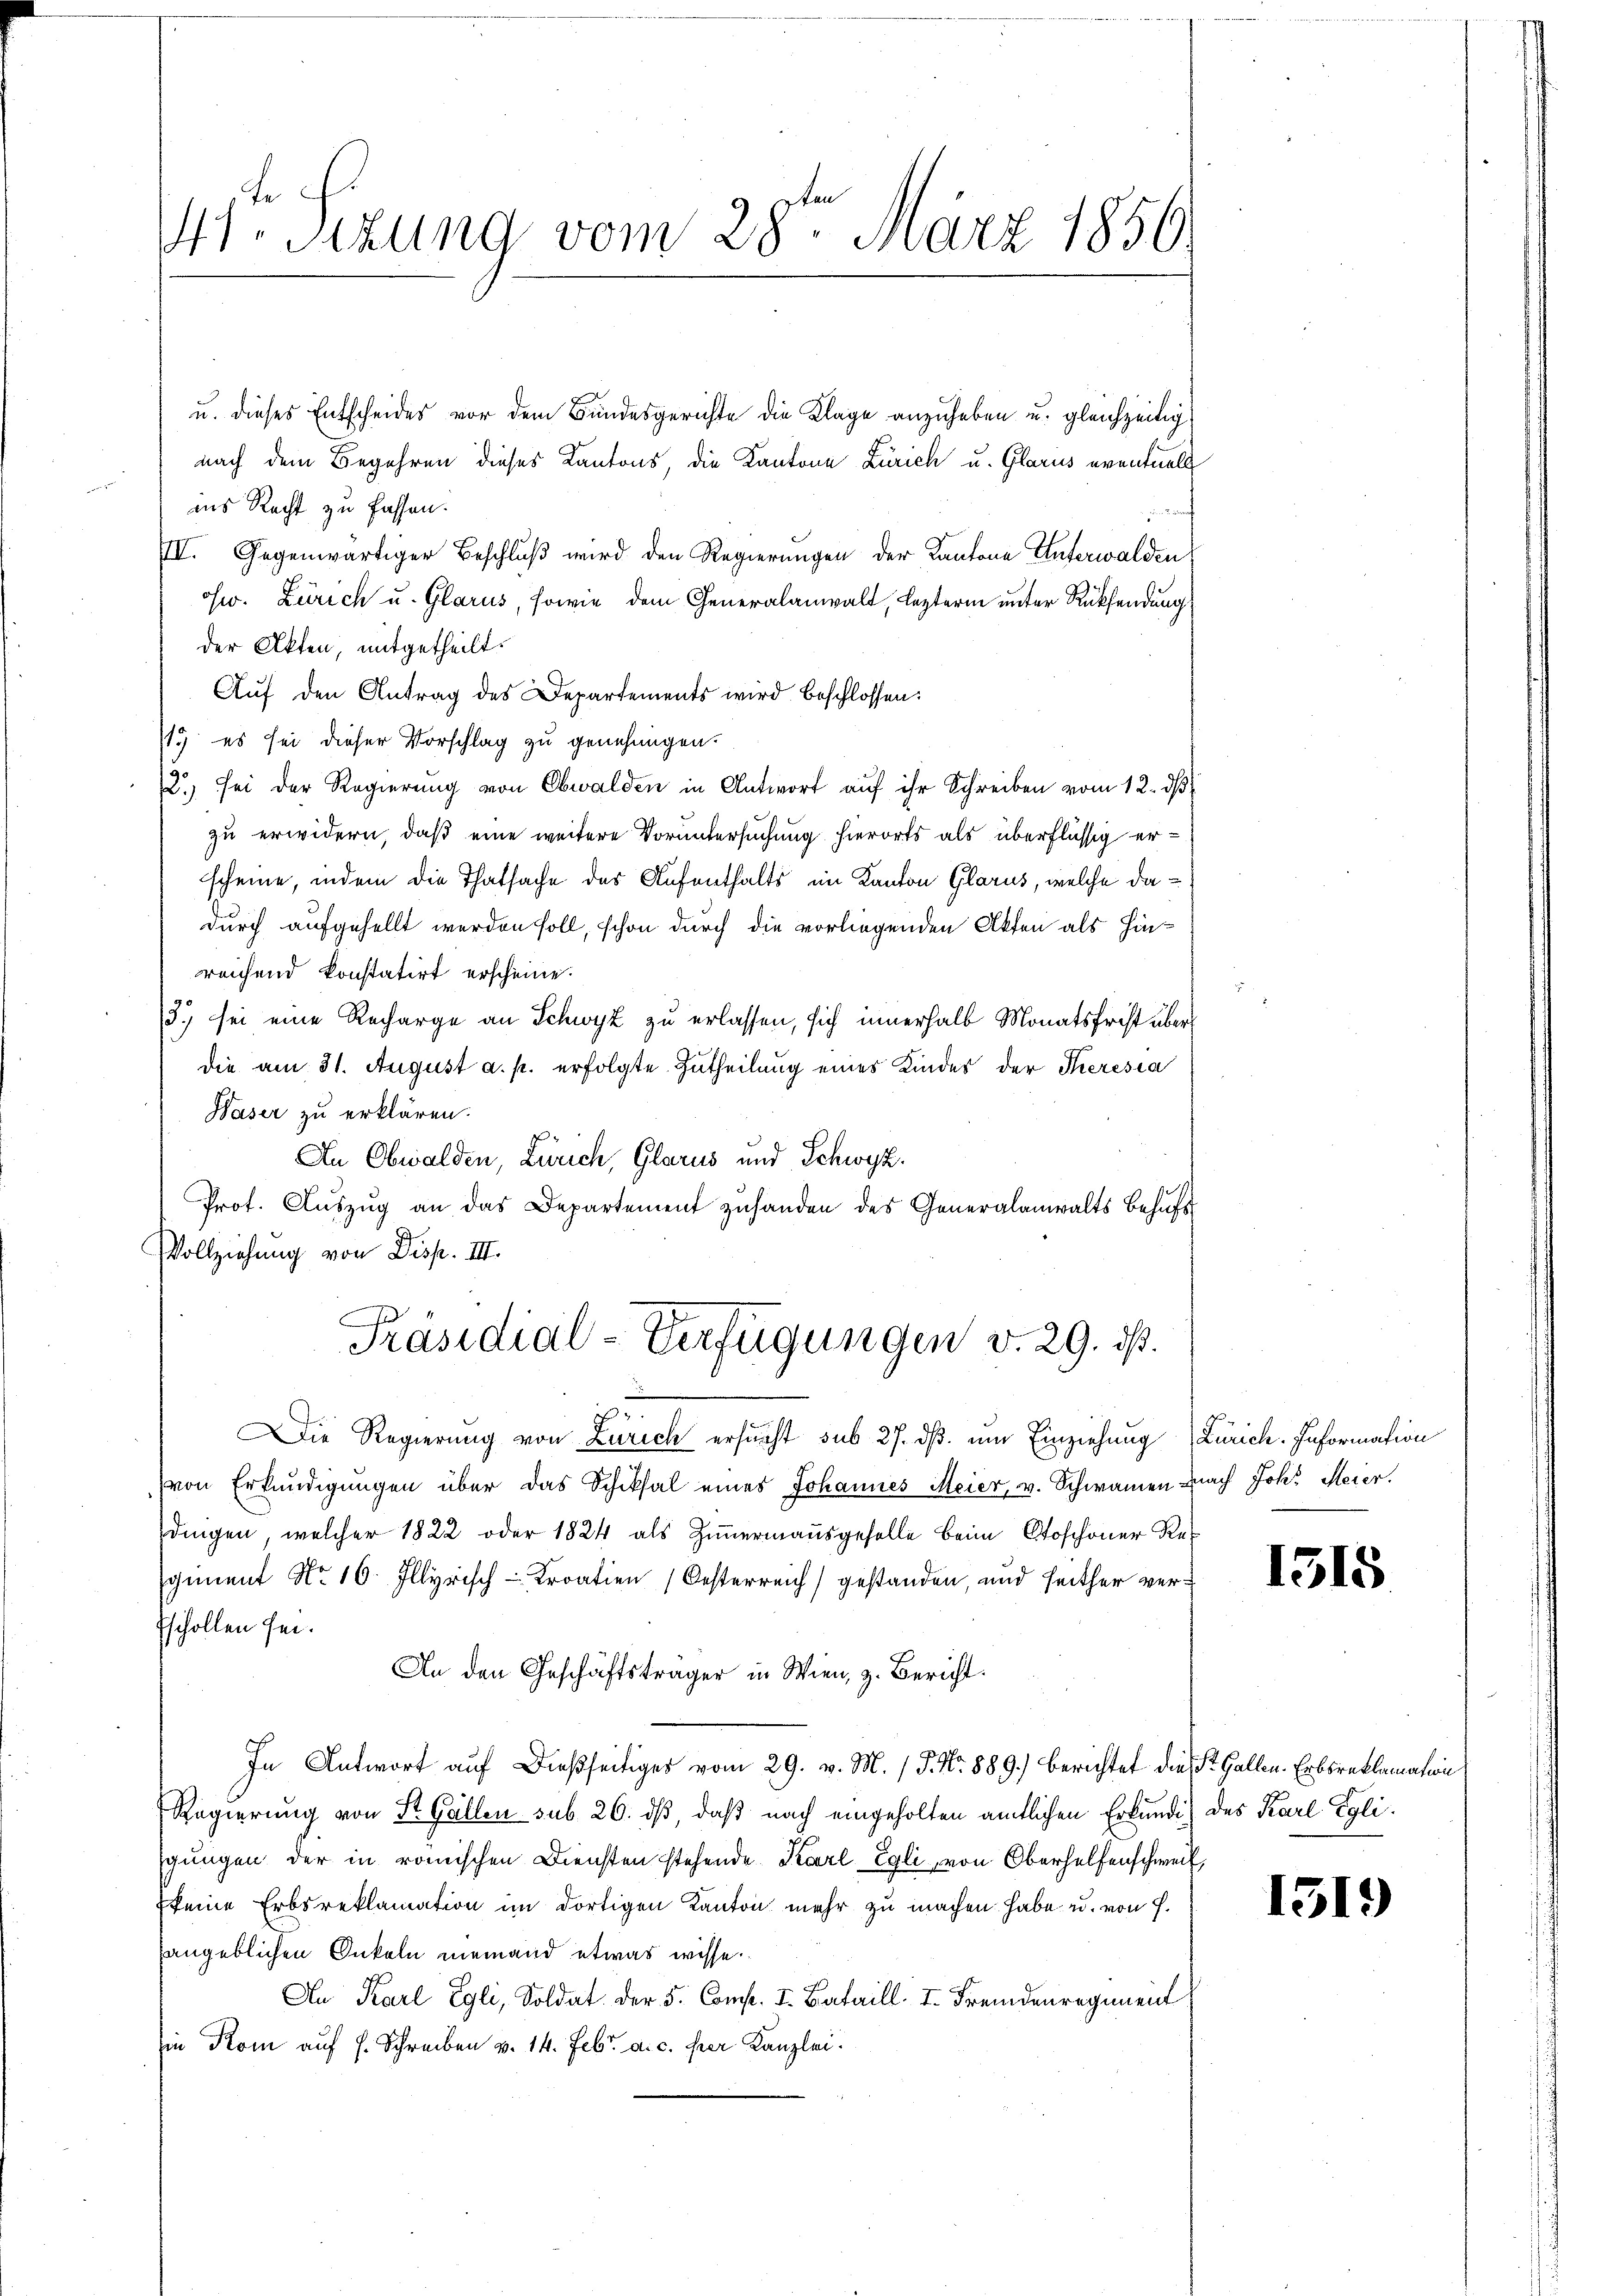
4to Sizung vom 28ten März 1856

u. dieses Entscheides vor dem Bundesgerichte die Klage anzuheben u. gleichzeitig
nach dem Begehren dieses Kantons, die Kantone Zürich u. Glarus eventuell
gegen
ins Recht zu fassen.
III. Gegenwärtiger Beschluß wird den Regierungen der Kantone Unterwalden
sw. Zürich u. Glarus, sowie dem Generalanwalt, lezterm unter Rücksendung
der Akten, mitgetheilt.
Auf den Antrag des Departements wird beschlossen:
19) es sei dieser Vorschlag zu genehmigen.
2.) sei der Regierung von Obwalden in Antwort auf ihr Schreiben vom 12. d
zu erwidern, daß eine weitere Voruntersuchung hierorts als überflüssig erscheine, indem die Thatsache des Aufenthalts im Kanton Glarus, welche dadurch aufgehellt werden soll, schon durch die vorliegenden Akten als Hinreichend konstatirt erscheine.
13.) sei eine Recharge an Schwyz zu erlassen, sich innerhalb Monatsfrist über
die am 31. August a. p. erfolgte Zutheilung eines Kindes der Theresia
Waser zu erklären.
An Obwalden, Zürich, Glarus und Schwyz.
Prot. Aŭszŭg an das Departement zuhanden des Generalanwalts behufs
Vollziehung von Disp. III.
Präsidial-Verfügungen v. 29. ds.
Die Regierung von Zürich ersucht sub 27. ds. um Einziehung (Zürich. Information
von Erkundigungen über das Schiksal eines Johannes Meier, v. Schwamen nach Joh. Meier.
dingen, welcher 1822 oder 1824 als Zimmermaṅsgeselle beim Stoschoner Re
sgiment Nr. 16. Illyrisch Kroatien (Oesterreich gestanden, und seither ver¬
Eschollen sei.
An den Geschäftsträger in Wien, z. Bericht.
In Antwort auf dießseitiges vom 29. v. M. / 5. No. 889.) berichtet die St. Gallen. Erbsreklamation
Regierung von St. Gallen sub 26. dß, daß nach eingeholten amtlichen Erkundis des Karl Egligungen der in römischen Diensten stehende Karl Egli, von Oberhelfenschweil
(keine Erbsreklamation im dortigen Kanton mehr zu machen habe u. von H.
angeblichen Onkeln niemand etwas wisse.
An Karl Egli, Soldat der 5. Comp. I. Bataill. I. Fremdenregiment
sie Kom auf s. Schreiben v. 14. Febr. a. c. per Kanzlei.

1315

1519)